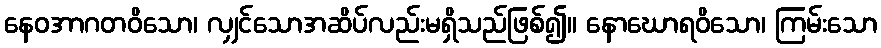
နေဝအာဂတဝိသော၊ လျှင်သောအဆိပ်လည်းမရှိသည်ဖြစ်၍။ နောဃောရဝိသော၊ ကြမ်းသော